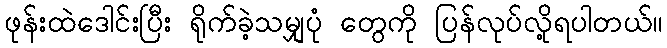
ဖုန်းထဲဒေါင်းပြီး ရိုက်ခဲ့သမျှပုံ တွေကို ပြန်လုပ်လို့ရပါတယ်။